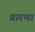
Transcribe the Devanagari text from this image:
प्रारणा